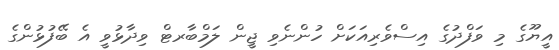
އީޔޫގެ މި ވަފްދުގެ އިސްވެރިއަކަށް ހުންނެވި ޖީން ލަމްބާރޓް ވިދާޅުވީ އެ ބޭފުޅުންގެ